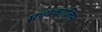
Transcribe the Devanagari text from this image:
मध्यकालिन